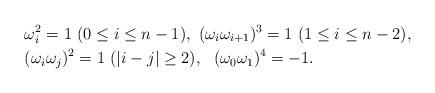
LaTeX: \begin{align*}& \omega^{2}_i=1 ~(0\leq i\leq n-1), \ (\omega_i\omega_{i+1})^3=1 ~(1\leq i \leq n-2), \\&(\omega_i\omega_j)^2=1 ~ (|i-j|\geq 2), \ \ (\omega_0\omega_1)^4=-1.\end{align*}